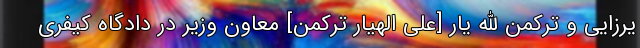
یرزایی و ترکمن الله یار [علی الهیار ترکمن] معاون وزیر در دادگاه کیفری